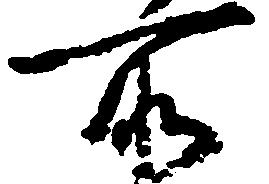
所